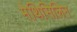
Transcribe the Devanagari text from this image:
मेथिसिलिन